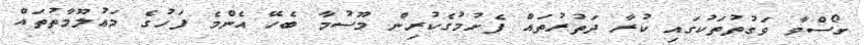
ގޯސްވާ ވަގުތުތަކުގައި ކުރާ ދަތުރުތައް ފެށުމުގެކުރިން މޫސުމާ ބެހޭ އެންމެ ފަހުގެ މަޢުލޫމާތުތައް